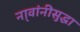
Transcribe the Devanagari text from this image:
ना्वांनीसुद्धा